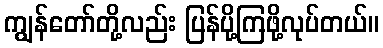
ကျွန်တော်တို့လည်း ပြန်ပို့ကြဖို့လုပ်တယ်။